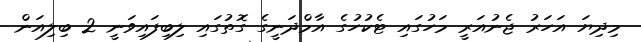
މިދިޔަ އަހަރު ޖެނުއަރީ މަހުގައި ޓެކުހުގެ އާމްދަނީގެ ގޮތުގައި ލިބިފައިވަނީ 2 ބިލިއަން